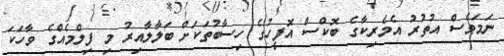
ނަމަވެސް އުތުރު އެމެރިކާގެ ބޮކްސް އޮފީހުގެ ހިސާބުތަކަށް ބަލާލާއިރު މި ފިލްމެއްގެ ވާހަކަ